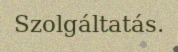
Szolgáltatás.